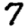
Digit: 7